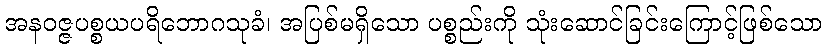
အနဝဇ္ဇပစ္စယပရိဘောဂသုခံ၊ အပြစ်မရှိသော ပစ္စည်းကို သုံးဆောင်ခြင်းကြောင့်ဖြစ်သော